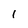
Character: 1